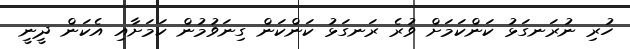
ހުރި ނުރަނގަޅު ކަންކަމަށް ވުރެ ރަނގަޅު ކަންކަން ގިނަވުމުން ކަމަށާއި އެކަން ދީނީ